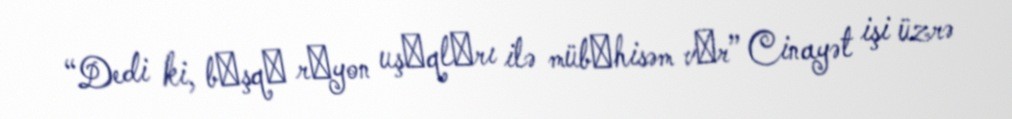
“Dedi ki, bаşqа rаyon uşаqlаrı ilə mübаhisəm vаr” Cinayət işi üzrə